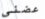
عضني